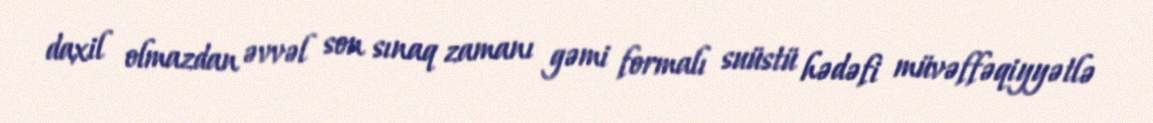
daxil olmazdan əvvəl son sınaq zamanı gəmi formalı suüstü hədəfi müvəffəqiyyətlə